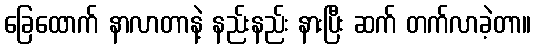
ခြေထောက် နာလာတာနဲ့ နည်းနည်း နားပြီး ဆက် တက်လာခဲ့တာ။